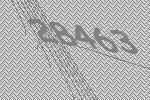
28463